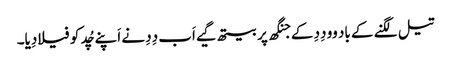
تیل لگنے کے باد وو دِدِ کے جنگھ پر بیتھ گیے اَب دِدِ نے اَپنے چُد کو فیلا دِیا۔